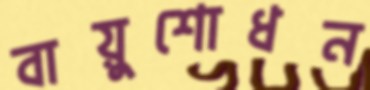
বায়ুশোধন